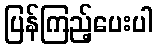
ပြန်ကြည့်ပေးပါ